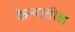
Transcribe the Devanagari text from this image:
केन्यातील